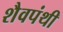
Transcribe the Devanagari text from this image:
शैवपंथी